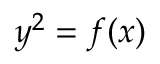
y ^ { 2 } = f ( x )